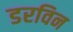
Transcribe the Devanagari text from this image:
डरविन